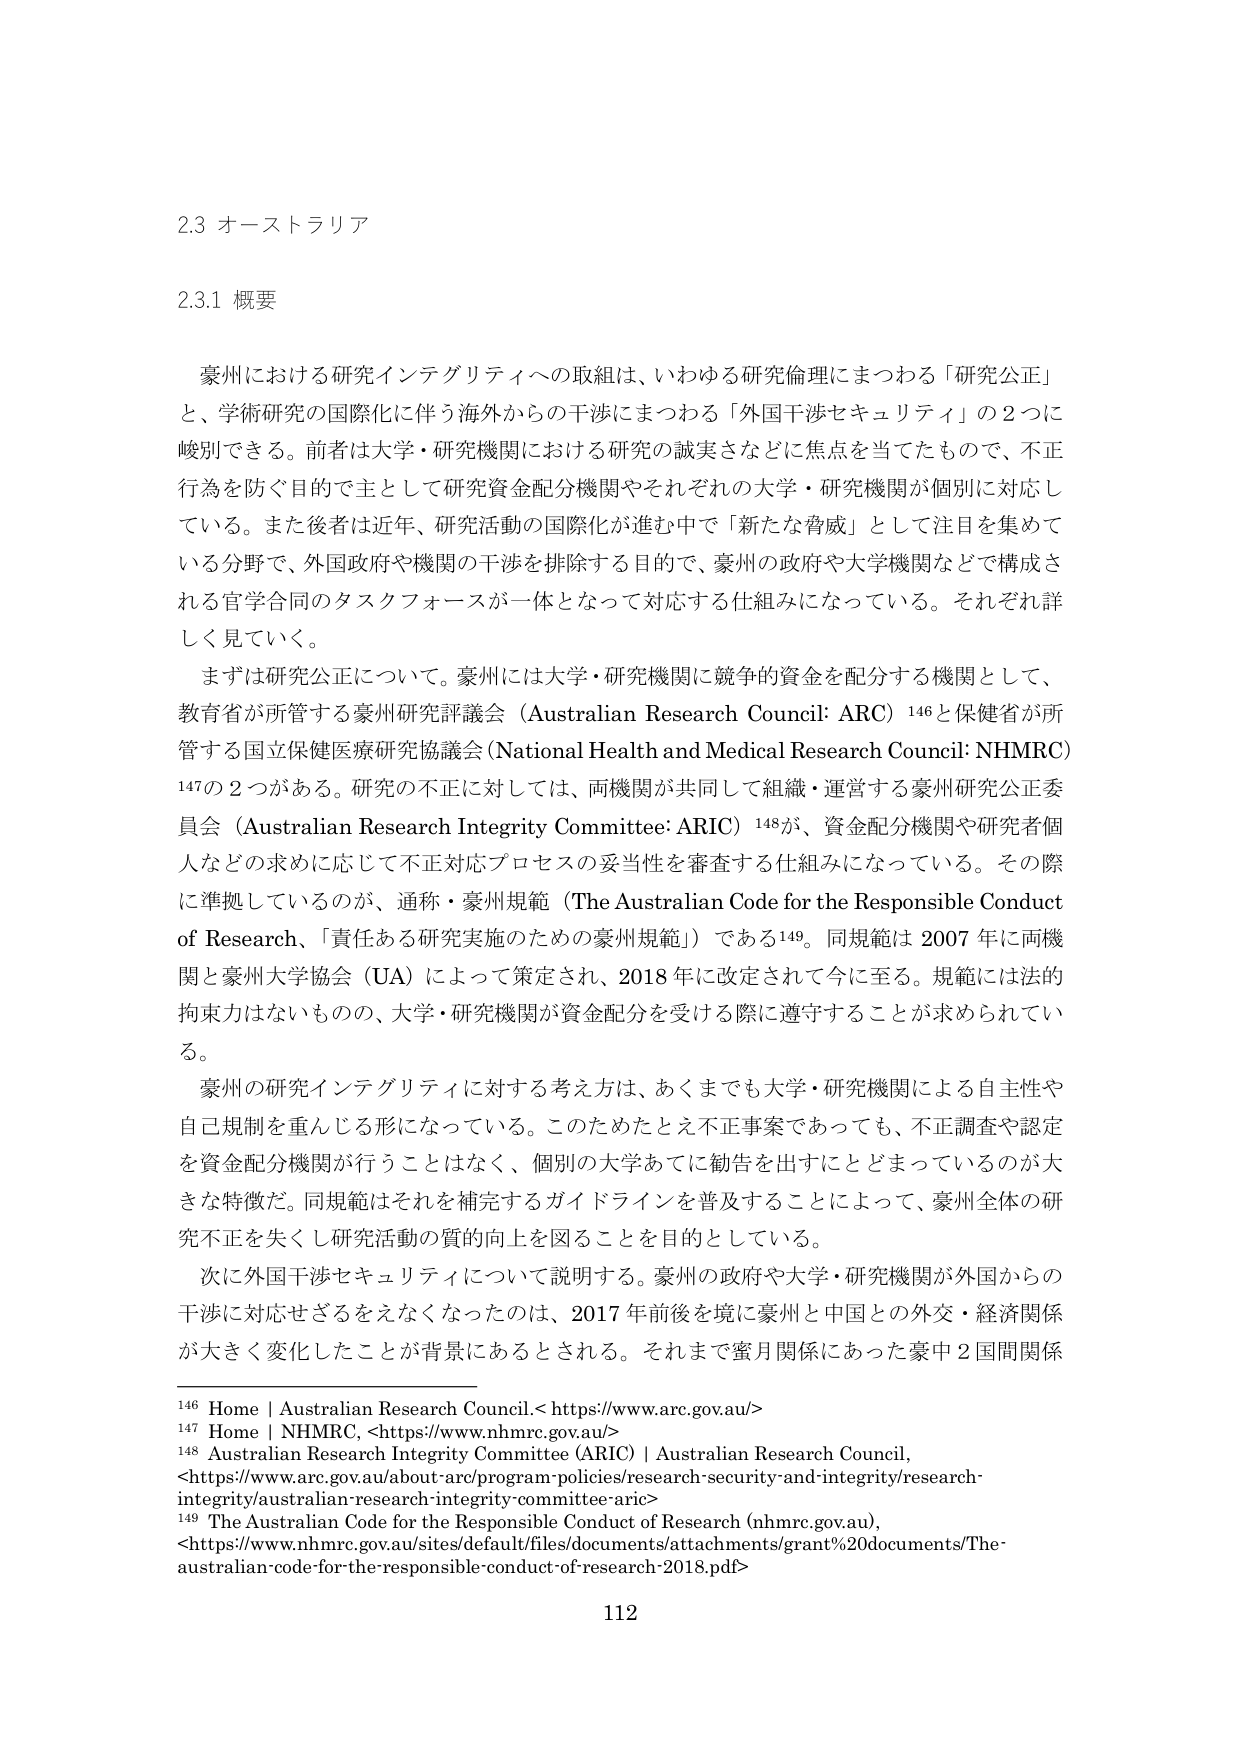
2.3 オーストラリア

2.3.1 概要

豪州における研究インテグリティへの取組は、いわゆる研究倫理にまつわる「研究公正」と、学術研究の国際化に伴う海外からの干渉にまつわる「外国干渉セキュリティ」の2つに峻別できる。前者は大学・研究機関における研究の誠実さなどに焦点を当てたもので、不正行為を防ぐ目的で主として研究資金配分機関やそれぞれの大学・研究機関が個別に対応している。また後者は近年、研究活動の国際化が進む中で「新たな脅威」として注目を集めている分野で、外国政府や機関の干渉を排除する目的で、豪州の政府や大学機関などで構成される官学合同のタスクフォースが一体となって対応する仕組みになっている。それぞれ詳しく見ていく。

まずは研究公正について。豪州には大学・研究機関に競争的資金を配分する機関として、教育省が所管する豪州研究評議会（Australian Research Council: ARC）146と保健省が所管する国立保健医療研究協議会（National Health and Medical Research Council: NHMRC）147の2つがある。研究の不正に対しては、両機関が共同して組織・運営する豪州研究公正委員会（Australian Research Integrity Committee: ARIC）148が、資金配分機関や研究者個人などの求めに応じて不正対応プロセスの妥当性を審査する仕組みになっている。その際に準拠しているのが、通称・豪州規範（The Australian Code for the Responsible Conduct of Research、「責任ある研究実施のための豪州規範」）である149。同規範は2007年に両機関と豪州大学協会（UA）によって策定され、2018年に改定されて今に至る。規範には法的拘束力はないものの、大学・研究機関が資金配分を受ける際に遵守することが求められている。

豪州の研究インテグリティに対する考え方は、あくまでも大学・研究機関による自主性や自己規制を重んじる形になっている。このためたとえ不正事案であっても、不正調査や認定を資金配分機関が行うことはなく、個別の大学あてに勧告を出すにとどまっているのが大きな特徴だ。同規範はそれを補完するガイドラインを普及することによって、豪州全体の研究不正を失くし研究活動の質の向上を図ることを目的としている。

次に外国干渉セキュリティについて説明する。豪州の政府や大学・研究機関が外国からの干渉に対応せざるをえなくなったのは、2017年前後を境に豪州と中国との外交・経済関係が大きく変化したことが背景にあるとされる。それまで蜜月関係にあった豪中2国間関係

146 Home | Australian Research Council.<https://www.arc.gov.au/>
147 Home | NHMRC, <https://www.nhmrc.gov.au/>
148 Australian Research Integrity Committee (ARIC) | Australian Research Council, <https://www.arc.gov.au/about-arc/program-policies/research-security-and-integrity/research-integrity/australian-research-integrity-committee-aric>
149 The Australian Code for the Responsible Conduct of Research (nhmrc.gov.au), <https://www.nhmrc.gov.au/sites/default/files/documents/attachments/grant%20documents/The-australian-code-for-the-responsible-conduct-of-research-2018.pdf>

112